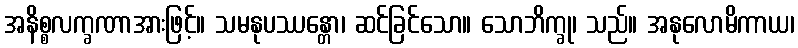
အနိစ္စလက္ခဏာအားဖြင့်။ သမနုပဿန္တော၊ ဆင်ခြင်သော။ သောဘိက္ခု၊ သည်။ အနုလောမိကာယ၊